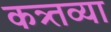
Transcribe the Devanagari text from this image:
कत्र्तव्या